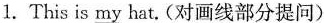
1. This is my hat。(对画线部分提问)